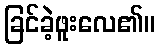
ခြင်ခဲ့ဖူးလေ၏။